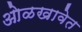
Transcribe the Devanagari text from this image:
ओळखावेत